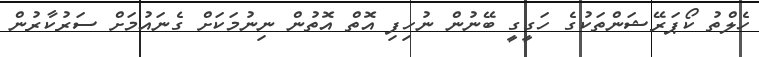
ހެލްތު ކޯޕަރޭޝަންތަކުގެ ހަގީގީ ބޭނުން ނުހިފި އޮތް އޮތުން ނިނުމަކަށް ގެނައުމަށް ސަރުކާރުން